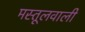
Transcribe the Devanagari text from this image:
मस्तूलवाली